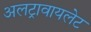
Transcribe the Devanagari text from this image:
अलट्रावायलेट